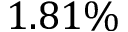
1 . 8 1 \%